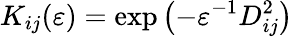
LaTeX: K_{ij}(\varepsilon)=\exp\left(-\varepsilon^{-1}D_{ij}^{2}\right)